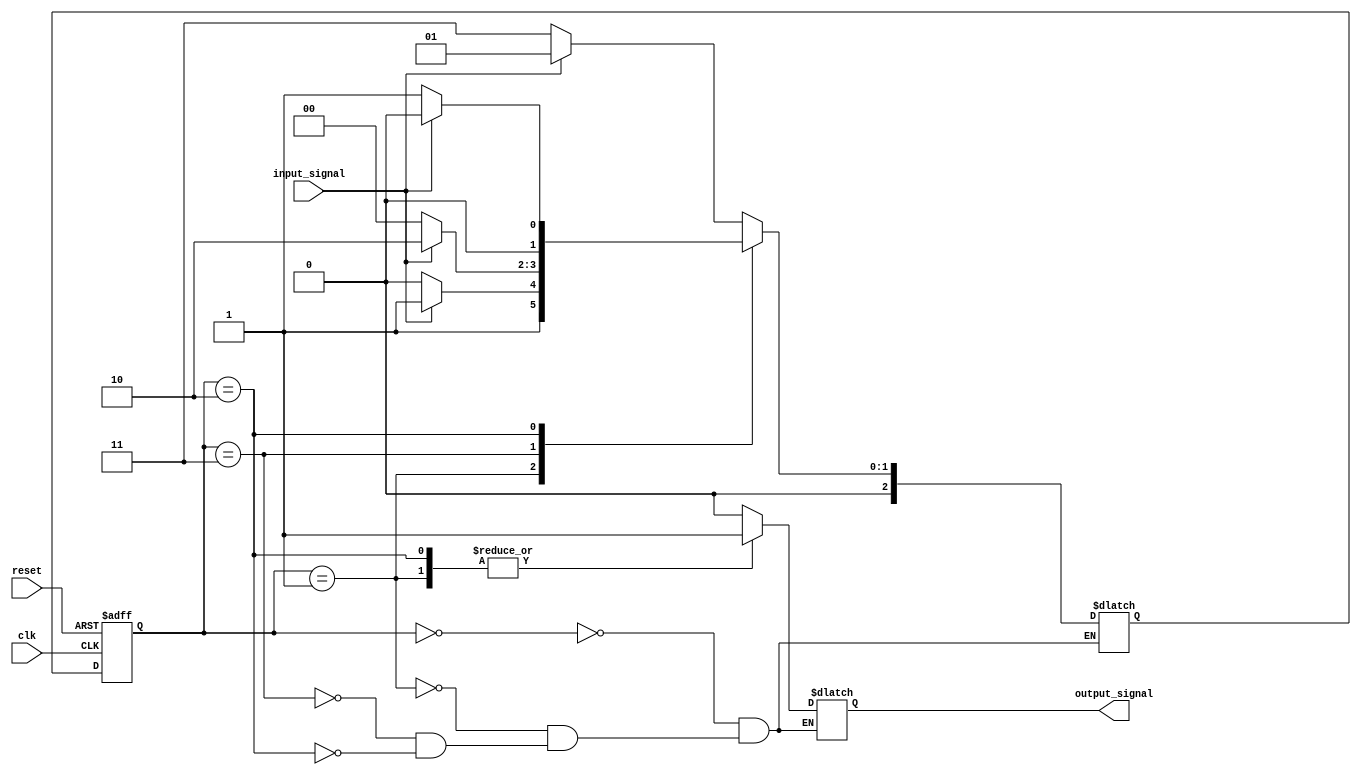
module gray_code_state_machine(
    input wire clk, reset,
    input wire input_signal,
    output reg output_signal
);

parameter STATE_A = 3'b000;
parameter STATE_B = 3'b001;
parameter STATE_C = 3'b011;
parameter STATE_D = 3'b010;

reg [2:0] current_state, next_state;

always @(posedge clk or posedge reset) begin
    if (reset) begin
        current_state <= STATE_A;
    end else begin
        current_state <= next_state;
    end
end

always @* begin
    case(current_state)
        STATE_A: begin
            if(input_signal)
                next_state = STATE_B;
            else
                next_state = STATE_C;
        end
        STATE_B: begin
            if(input_signal)
                next_state = STATE_C;
            else
                next_state = STATE_D;
        end
        STATE_C: begin
            if(input_signal)
                next_state = STATE_D;
            else
                next_state = STATE_A;
        end
        STATE_D: begin
            if(input_signal)
                next_state = STATE_A;
            else
                next_state = STATE_B;
        end
    endcase
end

always @* begin
    case(current_state)
        STATE_A: output_signal = 1'b0;
        STATE_B: output_signal = 1'b1;
        STATE_C: output_signal = 1'b0;
        STATE_D: output_signal = 1'b1;
    endcase
end

endmodule